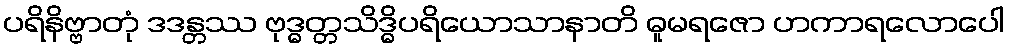
ပရိနိဗ္ဗာတုံ ဒဒန္တဿ ဗုဒ္ဓတ္တသိဒ္ဓိပရိယောသာနာတိ ဓူမရဇော ဟကာရလောပေါ